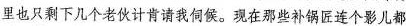
里也只剩下几个老伙计背请我伺候。现在那些补锅匠连个影儿都